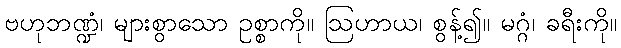
ဗဟုဘဏ္ဍံ၊ များစွာသော ဥစ္စာကို။ ဩဟာယ၊ စွန့်၍။ မဂ္ဂံ၊ ခရီးကို။